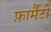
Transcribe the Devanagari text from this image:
फ़ार्मैटों